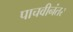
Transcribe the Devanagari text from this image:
पाचवीनंतर